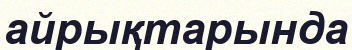
айрықтарында